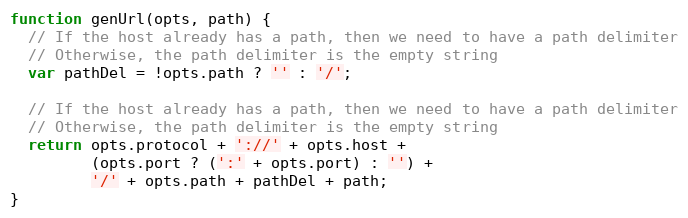
Language: JavaScript
function genUrl(opts, path) {
  // If the host already has a path, then we need to have a path delimiter
  // Otherwise, the path delimiter is the empty string
  var pathDel = !opts.path ? '' : '/';

  // If the host already has a path, then we need to have a path delimiter
  // Otherwise, the path delimiter is the empty string
  return opts.protocol + '://' + opts.host +
         (opts.port ? (':' + opts.port) : '') +
         '/' + opts.path + pathDel + path;
}